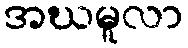
အဃမူလာ